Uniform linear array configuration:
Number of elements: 12
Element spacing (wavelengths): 0.25
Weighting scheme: hann
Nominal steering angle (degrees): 0
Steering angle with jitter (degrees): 0.4081
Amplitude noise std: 0.05
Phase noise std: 0.05

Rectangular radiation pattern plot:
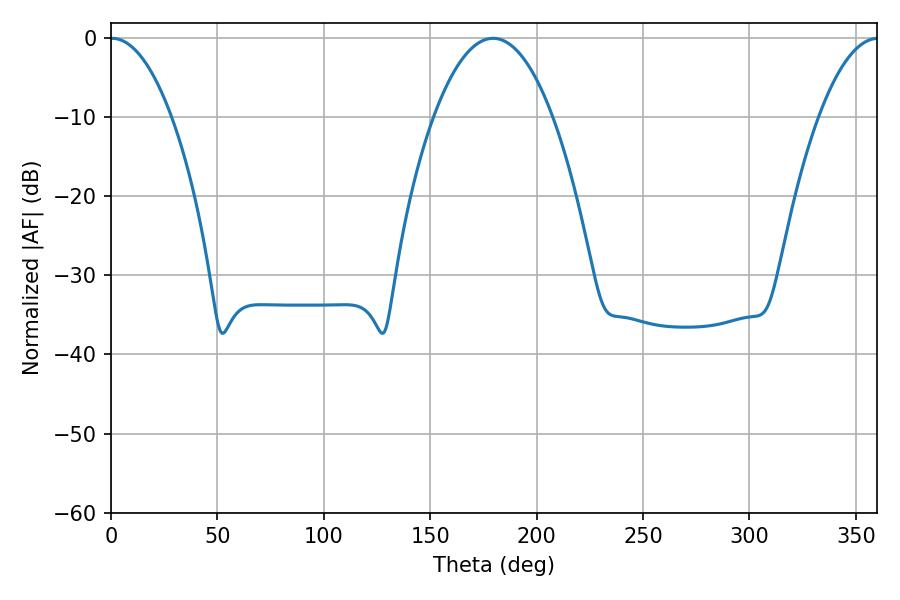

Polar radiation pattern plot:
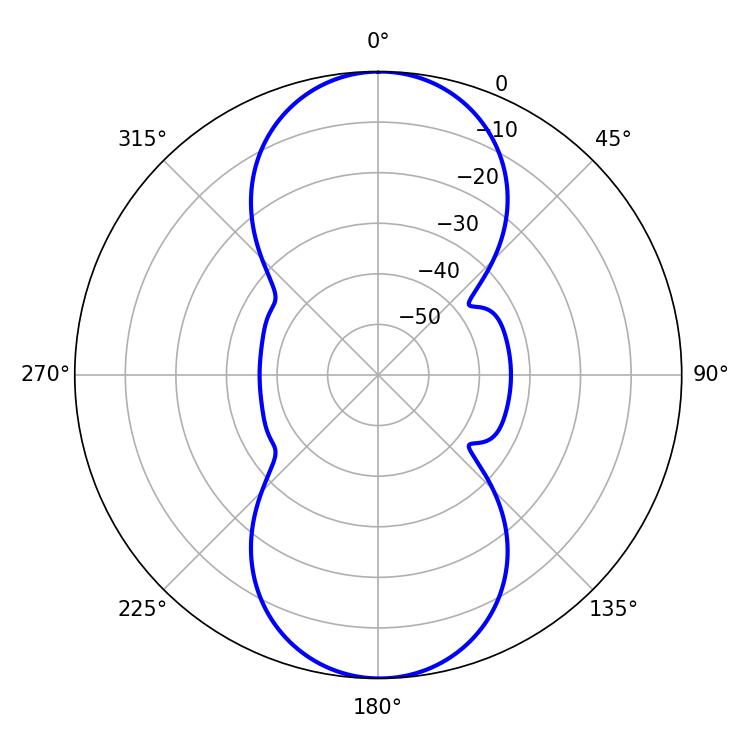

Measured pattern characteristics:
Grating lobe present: FALSE
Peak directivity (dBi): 23.524
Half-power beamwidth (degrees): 15.84
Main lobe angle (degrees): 0.54